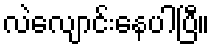
လဲလျောင်းနေပါပြီ။